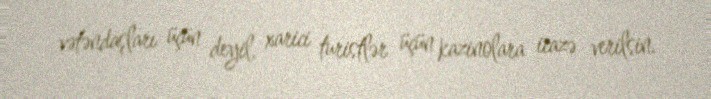
vətəndaşları üçün deyil, xarici turistlər üçün kazinolara icazə verilsin.